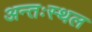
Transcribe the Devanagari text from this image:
अन्तःस्थल